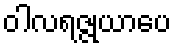
ဝါလရဇ္ဇုယာပေ